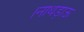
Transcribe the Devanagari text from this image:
।नाथड़ाऊ